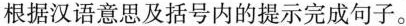
根据汉语意思及括号内的提示完成句子。